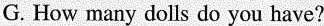
G. How many dolls do you have?